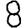
Digit: 8